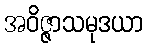
အဝိဇ္ဇာသမုဒယာ